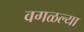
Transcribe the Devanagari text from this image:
वगळल्या